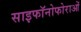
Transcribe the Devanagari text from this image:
साइफॉनोफोराओं